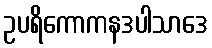
ဥပရိကောကနဒပါသာဒေ